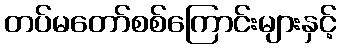
တပ်မတော်စစ်ကြောင်းများနှင့်